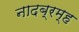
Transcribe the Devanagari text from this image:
नादब्रम्ह